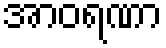
အာဝရဏာ